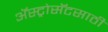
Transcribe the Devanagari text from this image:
ॲस्ट्रोसॅटसाठी